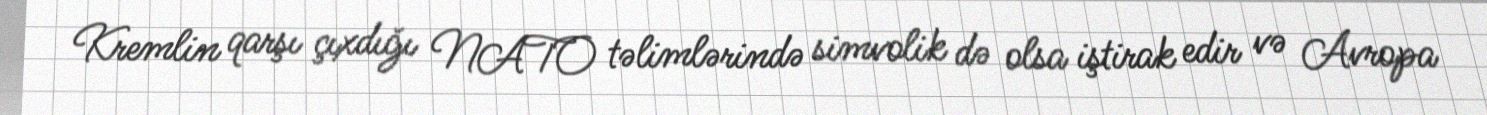
Kremlin qarşı çıxdığı NATO təlimlərində simvolik də olsa iştirak edir və Avropa